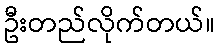
ဦးတည်လိုက်တယ်။